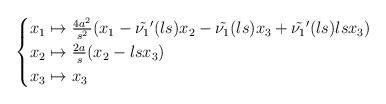
\begin{align*} \begin{cases}x_1\mapsto \frac{4a^2}{s^2}(x_1-\tilde{\nu_1}'(ls)x_2-\tilde{\nu_1}(ls)x_3+\tilde{\nu_1}'(ls)lsx_3)\\ x_2\mapsto \frac{2a}{s}(x_2-lsx_3)\\x_3\mapsto x_3\end{cases} \end{align*}